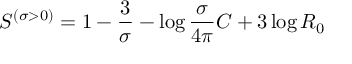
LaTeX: S ^ { \left( { \sigma > 0 } \right) } = 1 - { \frac { 3 } { \sigma } } - \log { \frac { \sigma } { 4 \pi } } C + 3 \log R _ { 0 }